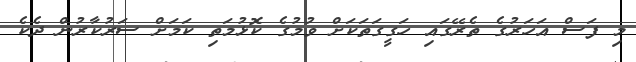
މި ފަސް އަހަރުގެ ތެރޭގައި ހަގީގަތަކަށް ވުމުގެ ކޮޅުމަތި ކަމަށް ސަރުކާރުން ދެކެ